Report on sanitation, dispensaries, and jails in Rajputana for 1914, and on vaccination for the year 1914-1915 - 1914-1915
Year: 1914
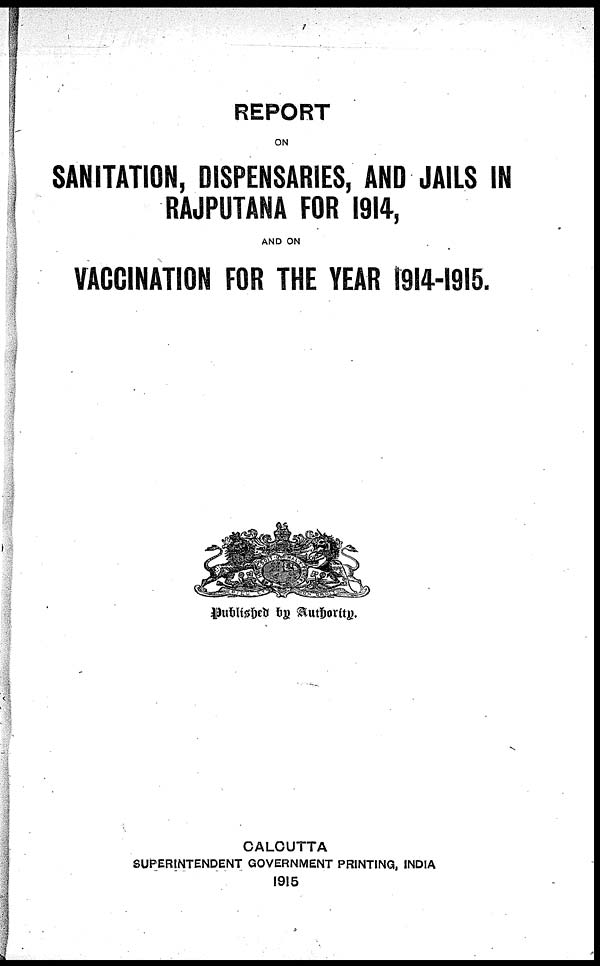
REPORT
ON
SANITATION, DISPENSARIES, AND JAILS IN
RAJPUTANA FOR 1914,
AND ON
VACCINATION FOR THE YEAR 1914-1915.
Published by Authority.
CALCUTTA
SUPERINTENDENT GOVERNMENT PRINTING, INDIA
1915